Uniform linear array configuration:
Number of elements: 8
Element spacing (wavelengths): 0.25
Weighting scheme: blackman
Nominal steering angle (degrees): -60
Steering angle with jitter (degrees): -59.947
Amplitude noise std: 0.05
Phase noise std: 0.05

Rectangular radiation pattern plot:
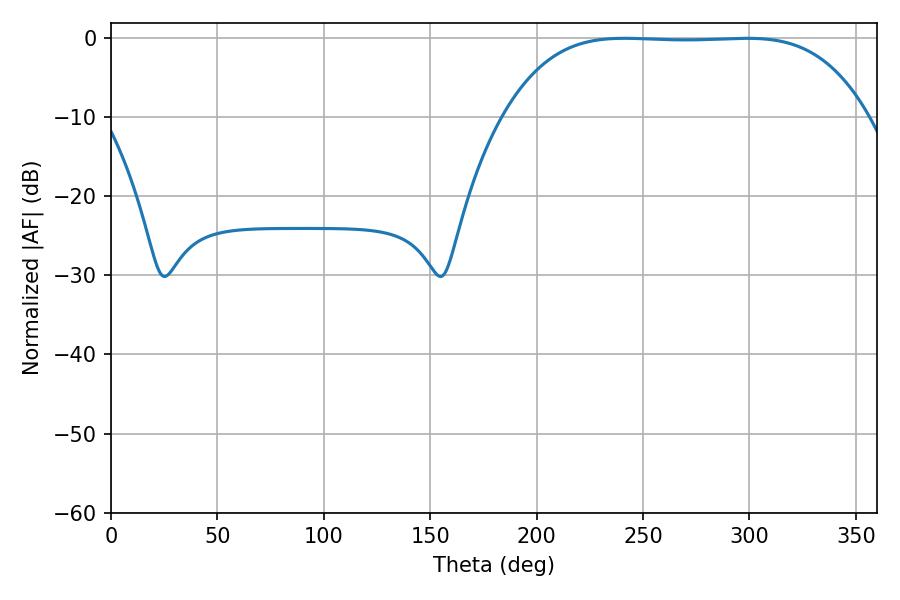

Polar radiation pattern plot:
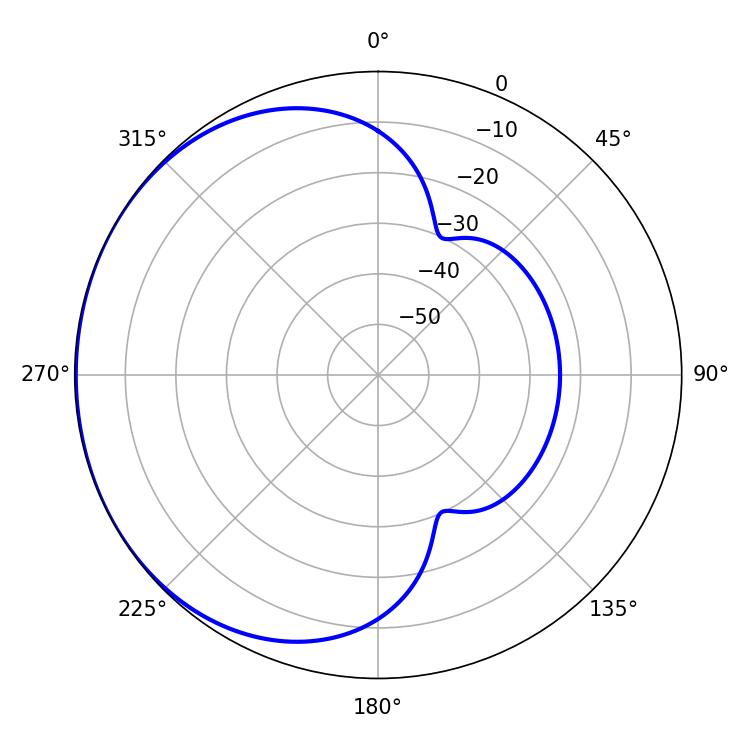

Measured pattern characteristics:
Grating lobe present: FALSE
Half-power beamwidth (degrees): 131.04
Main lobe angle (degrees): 298.62